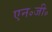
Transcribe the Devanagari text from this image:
एन॰जी॰